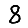
Digit: 8